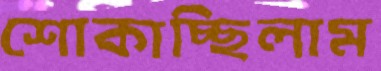
শোকাচ্ছিলাম